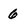
Character: 6